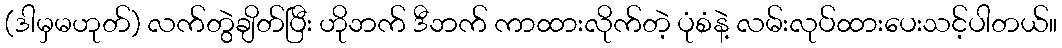
(ဒါမှမဟုတ်) လက်တွဲချိတ်ပြီး ဟိုဘက် ဒီဘက် ကာထားလိုက်တဲ့ ပုံစံနဲ့ လမ်းလုပ်ထားပေးသင့်ပါတယ်။